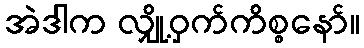
အဲဒါက လျှို့ဝှက်ကိစ္စနော်။